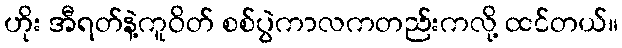
ဟိုး အီရတ်နဲ့ကူဝိတ် စစ်ပွဲကာလကတည်းကလို့ ထင်တယ်။